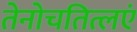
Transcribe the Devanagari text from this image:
तेनोचतित्लएं